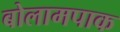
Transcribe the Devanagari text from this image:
बोलामपाक